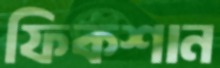
ফিকশান